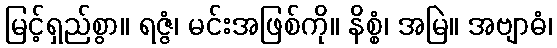
မြင့်ရှည်စွာ။ ရဇ္ဇံ၊ မင်းအဖြစ်ကို။ နိစ္စံ၊ အမြဲ။ အဗျာဓံ၊